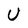
Character: U